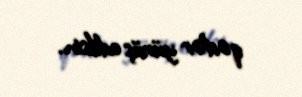
qədər yürüş edilsin.